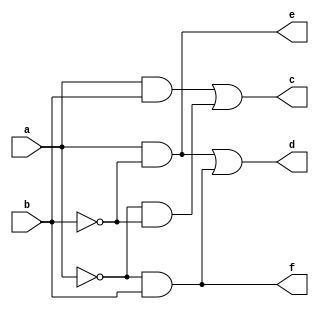
`timescale 1ns / 1ps

module onebit(
input a,b,
output c,d,e,f
    );
assign c = (a&b)|((~a)&(~b));
assign d = ((a&(~b))|((~a)&b));
assign e = a&(~b);
assign f = (~a)&b;
endmodule